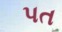
પત